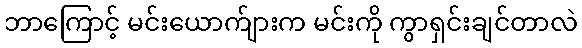
ဘာကြောင့် မင်းယောက်ျားက မင်းကို ကွာရှင်းချင်တာလဲ